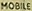
MOBILE